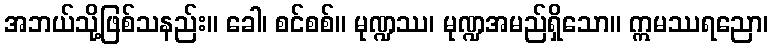
အဘယ်သို့ဖြစ်သနည်း။ ခေါ၊ စင်စစ်။ မုဏ္ဍဿ၊ မုဏ္ဍအမည်ရှိသော။ ဣမဿရညော၊